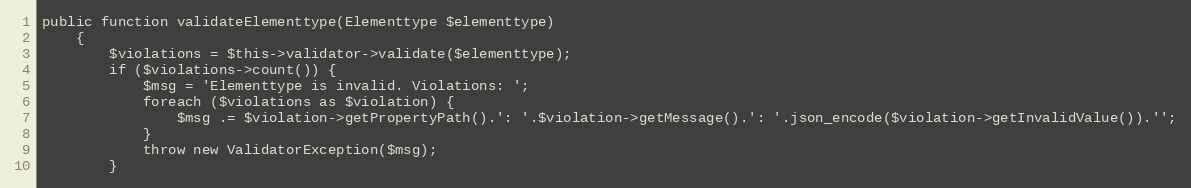
Language: PHP
public function validateElementtype(Elementtype $elementtype)
    {
        $violations = $this->validator->validate($elementtype);
        if ($violations->count()) {
            $msg = 'Elementtype is invalid. Violations: ';
            foreach ($violations as $violation) {
                $msg .= $violation->getPropertyPath().': '.$violation->getMessage().': '.json_encode($violation->getInvalidValue()).'';
            }
            throw new ValidatorException($msg);
        }